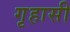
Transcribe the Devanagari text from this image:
गृहासी